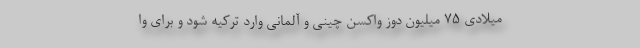
میلادی 75 میلیون دوز واکسن چینی و آلمانی وارد ترکیه شود و برای وا